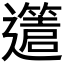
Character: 𨘥